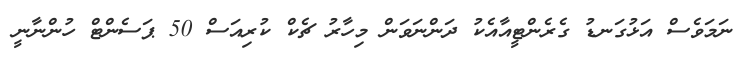
ނަމަވެސް އަޅުގަނޑު ގެރެންޓީއާއެކު ދަންނަވަން މިހާރު ޗެކް ކުރިއަސް 50 ޕަސެންޓް ހުންނާނީ